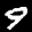
Label: 9